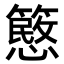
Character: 𥴲